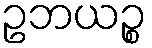
ဥဘယဉ္စ